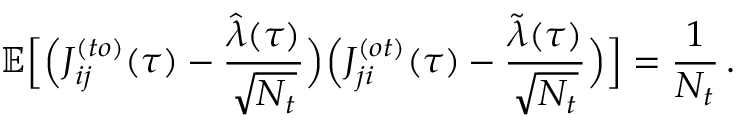
\mathbb { E } \Big [ \Big ( J _ { i j } ^ { ( t o ) } ( \tau ) - \frac { \hat { \lambda } ( \tau ) } { \sqrt { N _ { t } } } \Big ) \Big ( J _ { j i } ^ { ( o t ) } ( \tau ) - \frac { \tilde { \lambda } ( \tau ) } { \sqrt { N _ { t } } } \Big ) \Big ] = \frac { 1 } { N _ { t } } \, .